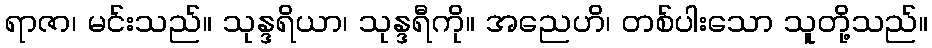
ရာဇာ၊ မင်းသည်။ သုန္ဒရိယာ၊ သုန္ဒရီကို။ အညေဟိ၊ တစ်ပါးသော သူတို့သည်။